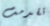
تقدمت